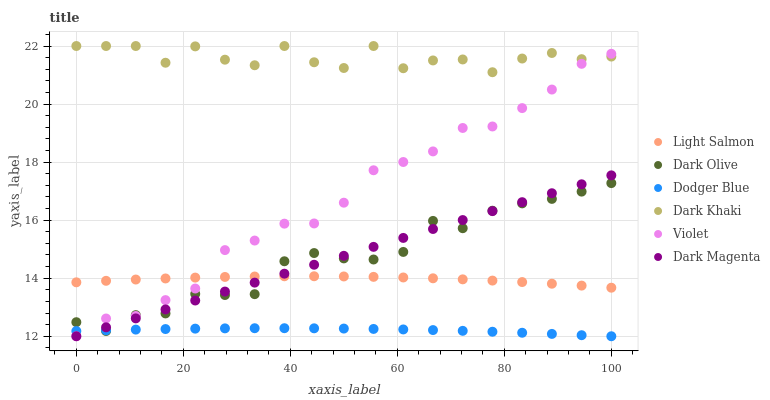
| xaxis_label | Light Salmon | Dark Olive | Dodger Blue | Dark Khaki | Violet | Dark Magenta |
 | --- | --- | --- | --- | --- | --- | --- |
 | 0 | 13.9 | 12.5 | 12.2 | 22 | 12 | 12 |
 | 5.56 | 13.9 | 12.2 | 12.2 | 22 | 12.6 | 12.3 |
 | 11.1 | 14 | 12.7 | 12.2 | 22 | 12.7 | 12.6 |
 | 16.7 | 14 | 12.8 | 12.2 | 21.4 | 13.2 | 12.9 |
 | 22.2 | 14 | 13.5 | 12.3 | 22 | 13.6 | 13.2 |
 | 27.8 | 14 | 13.4 | 12.3 | 21.5 | 15 | 13.5 |
 | 33.3 | 14.1 | 13.5 | 12.3 | 21.3 | 15.3 | 13.8 |
 | 38.9 | 14.1 | 14.6 | 12.3 | 22 | 15.9 | 14.2 |
 | 44.4 | 14.1 | 14.9 | 12.3 | 21.4 | 15.9 | 14.5 |
 | 50 | 14.1 | 14.7 | 12.3 | 21.2 | 16.6 | 14.8 |
 | 55.6 | 14 | 14.6 | 12.3 | 22 | 17.7 | 15.1 |
 | 61.1 | 14 | 14.9 | 12.2 | 21.2 | 18 | 15.4 |
 | 66.7 | 14 | 16 | 12.2 | 21.5 | 18.4 | 15.7 |
 | 72.2 | 14 | 15.7 | 12.2 | 21.5 | 19.2 | 16 |
 | 77.8 | 13.9 | 16.3 | 12.2 | 21.1 | 19.2 | 16.3 |
 | 83.3 | 13.9 | 16.6 | 12.1 | 21.6 | 19.9 | 16.6 |
 | 88.9 | 13.8 | 16.7 | 12.1 | 21.8 | 20.5 | 16.9 |
 | 94.4 | 13.7 | 17 | 12 | 21.5 | 21.4 | 17.2 |
 | 100 | 13.7 | 17.3 | 12 | 21.6 | 21.7 | 17.5 |